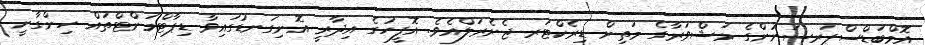
އޮމްބަޑްސްޕަރސަނުންގެ މަޝްވަރާގެ މަތިން ޑިރެކްޓަރ ޖެނެރަލްއެވެ. އޮފީހުގެ އިދާރީ އޮނިގަނޑުގައިވާ ޑިޕާޓްމަންޓްތައް ހިންގާނީ